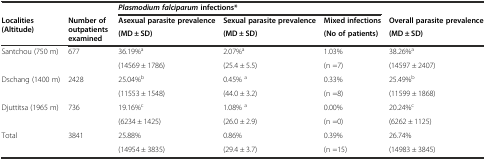
<table><thead><tr><td></td><td></td><td colspan="3"><b><i>Plasmodium falciparum</i>infections*</b></td><td></td></tr><tr><td rowspan="2"><b>Localities (Altitude)</b></td><td rowspan="2"><b>Number of outpatients examined</b></td><td><b>Asexual parasite prevalence</b></td><td><b>Sexual parasite prevalence</b></td><td><b>Mixed infections</b></td><td><b>Overall parasite prevalence</b></td></tr><tr><td><b>(MD ± SD)</b></td><td><b>(MD ± SD)</b></td><td><b>(No of patients)</b></td><td><b>(MD ± SD)</b></td></tr></thead><tbody><tr><td rowspan="2">Santchou (750 m)</td><td rowspan="2">677</td><td>36.19%<sup>a</sup></td><td>2.07%<sup>a</sup></td><td>1.03%</td><td>38.26%<sup>a</sup></td></tr><tr><td>(14569 ± 1786)</td><td>(25.4 ± 5.5)</td><td>(n =7)</td><td>(14597 ± 2407)</td></tr><tr><td rowspan="2">Dschang (1400 m)</td><td rowspan="2">2428</td><td>25.04%<sup>b</sup></td><td>0.45% <sup>a</sup></td><td>0.33%</td><td>25.49%<sup>b</sup></td></tr><tr><td>(11553 ± 1548)</td><td>(44.0 ± 3.2)</td><td>(n =8)</td><td>(11599 ± 1868)</td></tr><tr><td rowspan="2">Djuttitsa (1965 m)</td><td rowspan="2">736</td><td>19.16%<sup>c</sup></td><td>1.08% <sup>a</sup></td><td>0.00%</td><td>20.24%<sup>c</sup></td></tr><tr><td>(6234 ± 1425)</td><td>(26.0 ± 2.9)</td><td>(n =0)</td><td>(6262 ± 1125)</td></tr><tr><td rowspan="2">Total</td><td rowspan="2">3841</td><td>25.88%</td><td>0.86%</td><td>0.39%</td><td>26.74%</td></tr><tr><td>(14954 ± 3835)</td><td>(29.4 ± 3.7)</td><td>(n =15)</td><td>(14983 ± 3845)</td></tr></tbody></table>